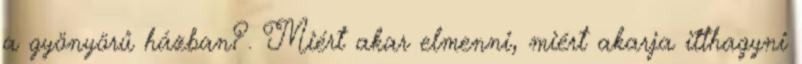
a gyönyörű házban?. Miért akar elmenni, miért akarja itthagyni